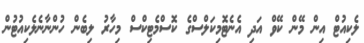
ލެކިއުޓް އިން މޭން ކޭވް އަދި އެނެޓޮމިކަލްސްގެ ކޮސްމެޓިކްސް މިހާރު ލިބެން ހުންނާނެލެކިއުޓުން